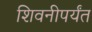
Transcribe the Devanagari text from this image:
शिवनीपर्यंत